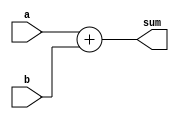
module adder(a, b, sum);

  input [3:0] a, b;
  output reg [4:0] sum;

  always @(a or b) 
  begin
    sum = a + b;
  end

endmodule